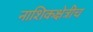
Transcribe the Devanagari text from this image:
नाशिकक्षेत्रीच